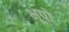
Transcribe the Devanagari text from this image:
भूपो